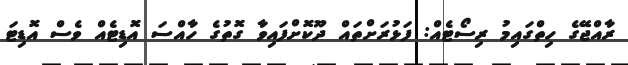
ރާއްޖޭގެ ހިތްގައިމު ރިސޯޓެއް: ފަޅުރަށްތައް ދޫކޮށްފައިވާ ގޮތުގެ ހާއްސަ އޮޑިޓެއް ވެސް އޮޑިޓަ